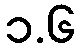
၁.၆